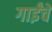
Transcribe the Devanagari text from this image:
गाईंचे